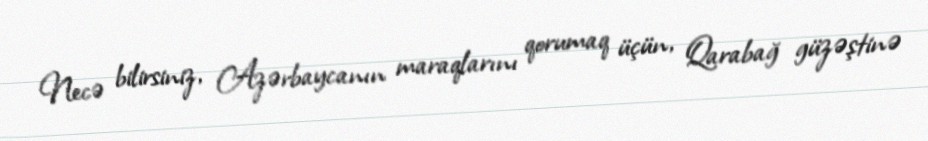
Necə bilirsiniz, Azərbaycanın maraqlarını qorumaq üçün, Qarabağ güzəştinə